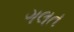
ગલત